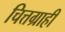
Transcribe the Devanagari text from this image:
चित्तग्राही